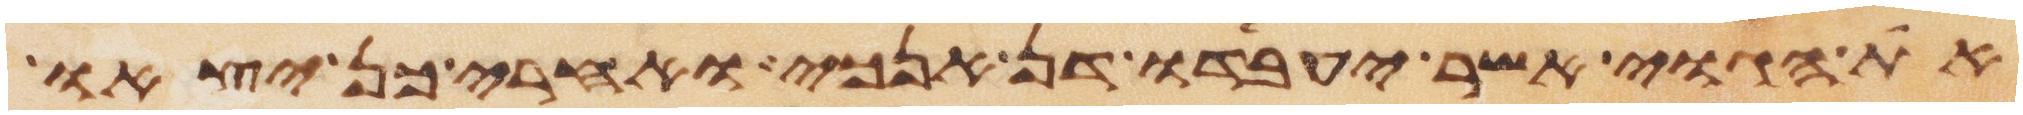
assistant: את הגוי אשר יעבדו דן אנכי ואחרי כן יצאו